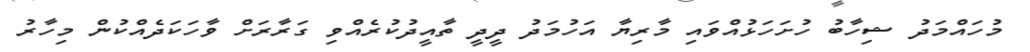
މުހައްމަދު ޝިހާބު ހުށަހަޅުއްވައި މާރިޔާ އަހުމަދު ދީދީ ތާއީދުކުރެއްވި ގަރާރަށް ވާހަކަދެއްކުން މިހާރު